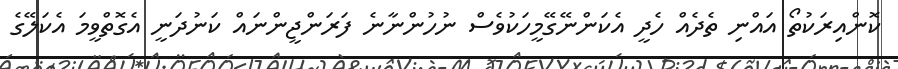
ކޮންއިރަކުތޯ އައްނި ތެދެއް ހެދީ އެކަންނޭގޭމީހަކުވެސް ނުހުންނާނެ ފަރަންޖީންނައް ކަނުދަނީ އެގޮތްވީމަ އެކަލޭގެ